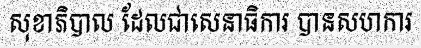
សុខាភិបាល ដែលជាសេនាធិការ បានសហការ